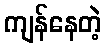
ကျန်နေတဲ့